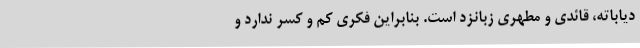
دیاباته، قائدی و مطهری زبانزد است. بنابراین فکری کم و کسر ندارد و